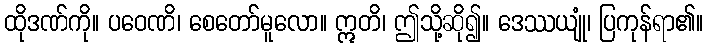
ထိုဒဏ်ကို။ ပဝေဏိ၊ စေတော်မူလော။ ဣတိ၊ ဤသို့ဆို၍။ ဒေဿယျုံ၊ ပြကုန်ရာ၏။